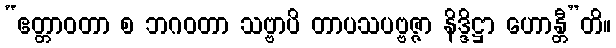
“ဧတ္တာဝတာ စ ဘဂဝတာ သဗ္ဗာပိ တာပသပဗ္ဗဇ္ဇာ နိဒ္ဒိဋ္ဌာ ဟောန္တီ”တိ။